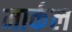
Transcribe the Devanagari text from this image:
मार्कल